Scottish Leaving Certificate Examination, 1960
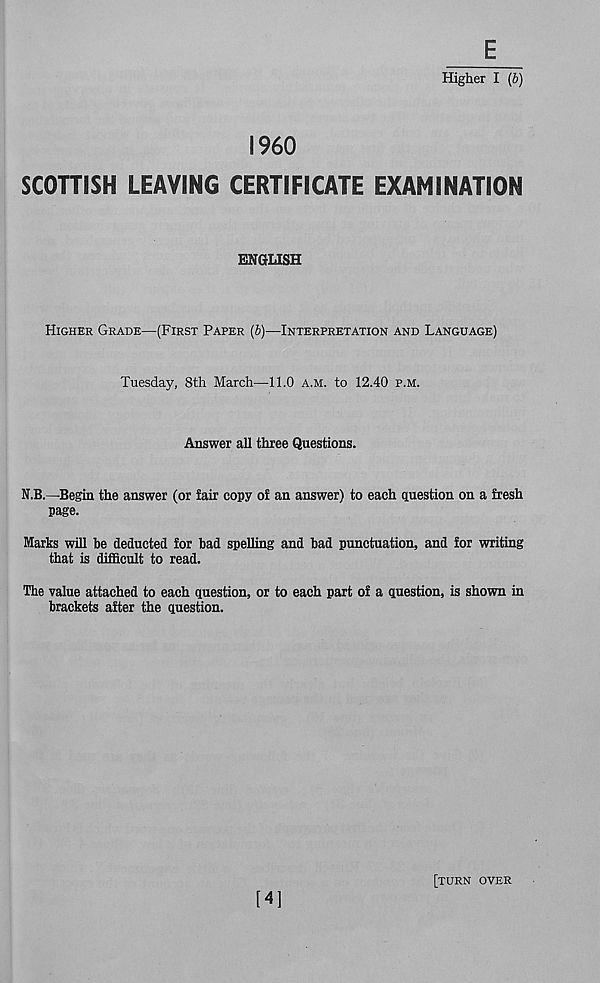
E_
Higher I (b)
I960
SCOTTISH LEAVING CERTIFICATE EXAMINATION
ENGLISH
HIGHER GRADE—(FIRST PAPER (b)—INTERPRETATION AND LANGUAGE)
Tuesday, 8th March—11.0 A.M. to 12.40 P.M.
Answer all three Questions.
N.B.—Begin the answer (or fair copy of an answer) to each question on a fresh
page.
Marks will be deducted for bad spelling and bad punctuation, and for writing
that is difficult to read.
The value attached to each question, or to each part of a question, is shown in
brackets after the question.
[4]
[TURN OVER